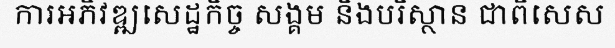
ការអភិវឌ្ឍសេដ្ឋកិច្ច សង្គម និងបរិស្ថាន ជាពិសេស